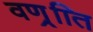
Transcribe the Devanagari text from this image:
वणर््िात